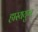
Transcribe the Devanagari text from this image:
हास्ययुग